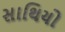
સાથિયો